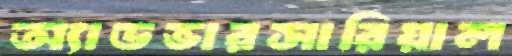
অ্যাডভারসারিয়াল